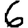
Digit: 6